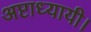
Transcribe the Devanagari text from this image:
अष्टाध्यायी।